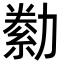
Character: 勬